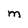
Character: m